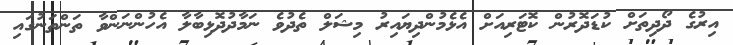
އިރުގެ ދޯދިތަށް ކުޑަދޮރުން ކޮޓަރިއަށް އެޅެމުންދިޔައިރު މިޝަލް ތެދުވެ ނަމާދުދޮޅިބާލާ އެހުންނަންވާ ތަންތަނުގައި